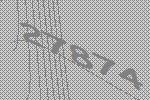
27874